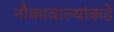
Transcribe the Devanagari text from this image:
नौकावाल्यांकडे